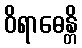
ဝိရာဓေန္တိ